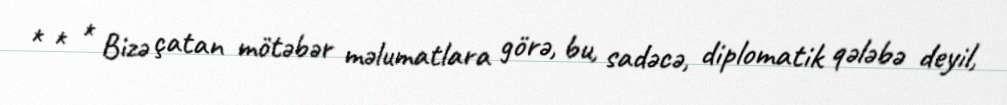
* * * Bizə çatan mötəbər məlumatlara görə, bu, sadəcə, diplomatik qələbə deyil,